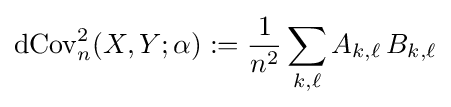
\operatorname {dCov} _{n}^{2}(X,Y;\alpha ):={\frac {1}{n^{2}}}\sum _{k,\ell }A_{k,\ell }\,B_{k,\ell }